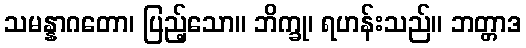
သမန္နာဂတော၊ ပြည့်သော။ ဘိက္ခု၊ ရဟန်းသည်။ ဘတ္တာဒ